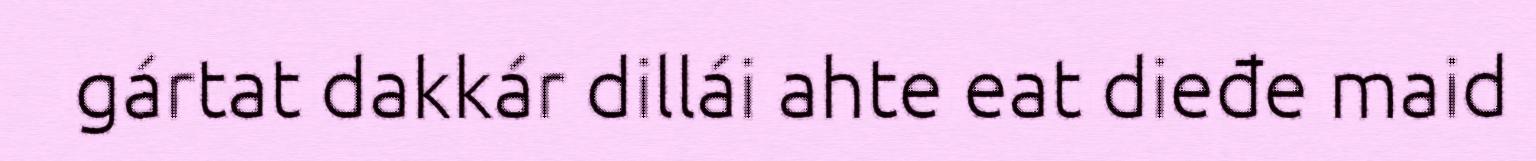
gártat dakkár dillái ahte eat dieđe maid